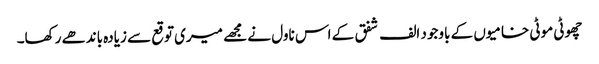
چھوٹی موٹی خامیوں کے باوجود الف شفق کے اس ناول نے مجھے میری توقع سے زیادہ باندھے رکھا۔